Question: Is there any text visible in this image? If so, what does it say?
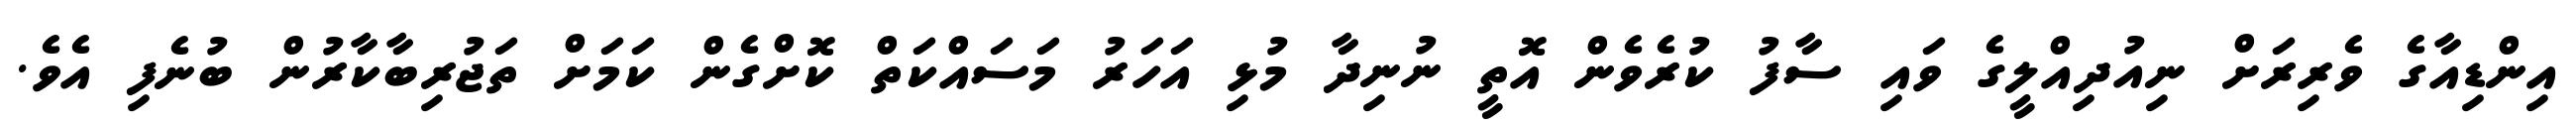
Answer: އިންޑިއާގެ ވެރިރަށް ނިއުދިއްލީގެ ވައި ސާފު ކުރެވެން އޮތީ ނުނިދާ މުޅި އަހަރު މަސައްކަތް ކޮށްގެން ކަމަށް ތަޖުރިބާކާރުން ބުނެފި އެވެ.